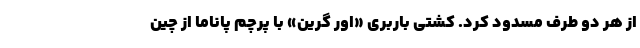
از هر دو طرف مسدود کرد. کشتی باربری «اور گرین» با پرچم پاناما از چین